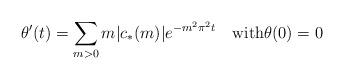
LaTeX: \begin{align*}\theta'(t)=\sum_{m>0}m|c_*(m)|e^{-m^2\pi^2t}\quad\mbox{with}\theta(0)=0\end{align*}